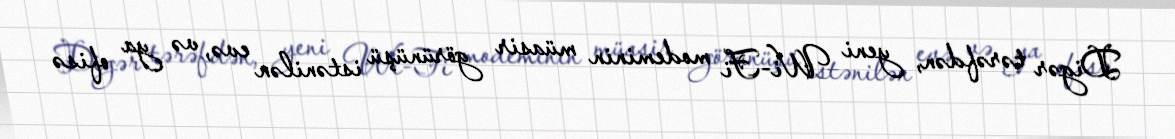
Digər tərəfdən, yeni Wi-Fi modeminin müasir görünüşü istənilən evə, və ya ofisə